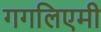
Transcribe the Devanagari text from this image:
गगलिएमी